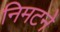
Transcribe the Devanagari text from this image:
निमटने